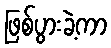
ဖြစ်ပွားခဲ့ကာ